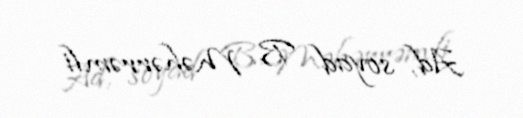
Ad, soyad B. Məhərrəmli